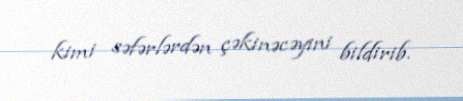
kimi səfərlərdən çəkinəcəyini bildirib.